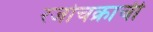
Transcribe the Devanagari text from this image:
रजोचक्राची